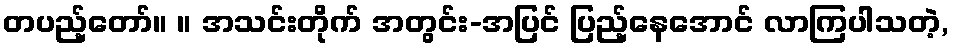
တပည့်တော်။ ။ အသင်းတိုက် အတွင်း-အပြင် ပြည့်နေအောင် လာကြပါသတဲ့,